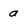
Character: a